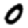
Digit: 0